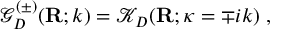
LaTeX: { \mathcal G } _ { { D } } ^ { ( \pm ) } ( { \bf R } ; k ) = { \mathcal K } _ { { D } } ( { \bf R } ; \kappa = \mp i k ) \; ,